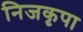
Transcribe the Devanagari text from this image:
निजकृपा